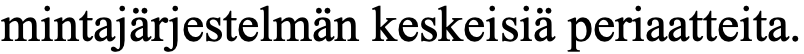
mintajärjestelmän keskeisiä periaatteita.